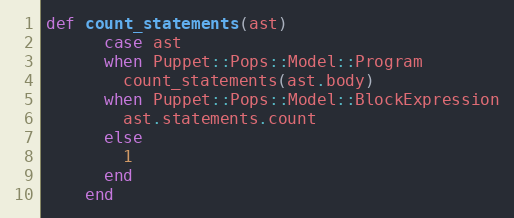
Language: Ruby
def count_statements(ast)
      case ast
      when Puppet::Pops::Model::Program
        count_statements(ast.body)
      when Puppet::Pops::Model::BlockExpression
        ast.statements.count
      else
        1
      end
    end